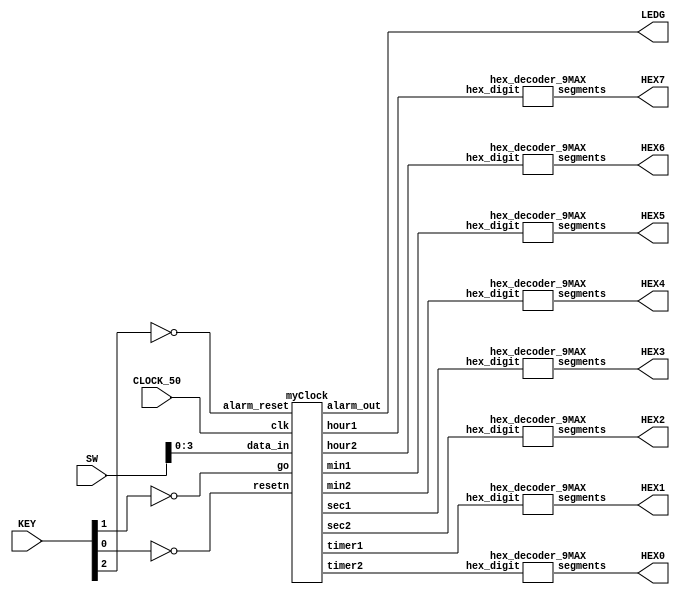
module alarm_clock(SW, HEX7, HEX6, HEX5, HEX4, HEX3, HEX2, HEX1, HEX0, CLOCK_50, KEY, LEDG);
    input [9:0] SW;
    input CLOCK_50;
    input [2:0] KEY;
    output [6:0] HEX7, HEX6, HEX5, HEX4, HEX3, HEX2, HEX1, HEX0;
    output [0:0] LEDG;

    wire resetn, load, alarm_reset, alarm_en, alarm_out;
    wire [3:0] min1, min2, hour1, hour2, sec1, sec2, timer1, timer2;
    assign load = ~KEY[1];
    assign resetn = ~KEY[0];
    assign alarm_reset = ~KEY[2];
    assign alarm_out = LEDG[0];


    myClock c0(
  	      	.clk(CLOCK_50),
	    	.resetn(resetn), // resets the entire clock and alarm
	    	.alarm_reset(alarm_reset), // resets the alarm only
	    	.go(load), // signal to move to the next state in ths FSM
	    	.data_in(SW[3:0]), // used to declares the values for HH:MM and selecting the alarm
	    	.min1(min1), // output's to the hex displays
	  	.min2(min2),
	  	.hour1(hour1),
	  	.hour2(hour2),
	  	.sec1(sec1),
	 	.sec2(sec2),
	  	.timer1(timer1),
	  	.timer2(timer2),
	    	.alarm_out(alarm_out) // output to an LED which lights up when the timer reaches 0
	 	);

    hex_decoder_9MAX H7(
          .hex_digit(hour1),
          .segments(HEX7)
          );

    hex_decoder_9MAX H6(
          .hex_digit(hour2),
          .segments(HEX6)
          );

    hex_decoder_9MAX H5(
          .hex_digit(min1),
          .segments(HEX5)
          );

    hex_decoder_9MAX H4(
          .hex_digit(min2),
          .segments(HEX4)
          );

    hex_decoder_9MAX H3(
          .hex_digit(sec1),
          .segments(HEX3)
          );

    hex_decoder_9MAX H2(
          .hex_digit(sec2),
          .segments(HEX2)
          );

    hex_decoder_9MAX H1(
          .hex_digit(timer1),
          .segments(HEX1)
          );

    hex_decoder_9MAX H0(
          .hex_digit(timer2),
          .segments(HEX0)
          );
endmodule

module myClock(
    input clk,
    input resetn, alarm_reset, go,
    input [3:0] data_in,
    output [3:0] hour1, hour2, min1, min2, sec1, sec2, timer1, timer2,
    output alarm_out
    );

    // connects the datapath to the control
    wire ld_min1, ld_min2, ld_hour1, ld_hour2, ld_alarm, start;

    control C0(
		.clk(clk),
		.resetn(resetn),
		.reset_alarm(alarm_reset),
		.go(go),
		.ld_alarm(ld_alarm),
		.ld_hour1(ld_hour1),
		.ld_hour2(ld_hour2),
		.ld_min1(ld_min1),
		.ld_min2(ld_min2),
		.start(start)
		);

    datapath D0(
		.clk(clk),
		.resetn(resetn),
		.reset_alarm(alarm_reset),
		.ld_hour1(ld_hour1),
		.ld_hour2(ld_hour2),
		.ld_min1(ld_min1),
		.ld_min2(ld_min2),
		.start(start),
		.data_in(data_in),
		.hour1(hour1),
		.hour2(hour2),
		.min1(min1),
		.min2(min2),
		.sec1(sec1),
		.sec2(sec2),
		.timer1(timer1),
		.timer2(timer2),
		.alarm_out(alarm_out)
		);


 endmodule

 module control(
		input clk,
		input resetn,
		input reset_alarm,
		input go,

		output reg  ld_min1, ld_min2, ld_hour1, ld_hour2, ld_alarm, start
		);

    reg [5:0] current_state, next_state;

    localparam  s_ld_hour1        = 5'd0,
                s_ld_hour1_wait   = 5'd1,
                s_ld_hour2        = 5'd2,
                s_ld_hour2_wait   = 5'd3,
                s_ld_min1         = 5'd4,
                s_ld_min1_wait    = 5'd5,
                s_ld_min2         = 5'd6,
                s_ld_min2_wait    = 5'd7,
                s_ld_alarm        = 5'd8,
                s_ld_alarm_wait   = 5'd9,
                s_end             = 5'd10;

    always@(*)
    begin: state_table
            case (current_state)
                s_ld_hour1:           next_state = go ? s_ld_hour1_wait : s_ld_hour1;
                s_ld_hour1_wait:      next_state = go ? s_ld_hour1_wait : s_ld_hour2;
                s_ld_hour2:           next_state = go ? s_ld_hour2_wait : s_ld_hour2;
                s_ld_hour2_wait:      next_state = go ? s_ld_hour2_wait : s_ld_min1;
                s_ld_min1:            next_state = go ? s_ld_min1_wait : s_ld_min1;
                s_ld_min1_wait:       next_state = go ? s_ld_min1_wait : s_ld_min2;
                s_ld_min2:            next_state = go ? s_ld_min2_wait : s_ld_min2;
                s_ld_min2_wait:       next_state = go ? s_ld_min2_wait : s_ld_alarm;
                s_ld_alarm:           next_state = go ? s_ld_alarm_wait : s_ld_alarm;
                s_ld_alarm_wait:      next_state = go ? s_ld_alarm_wait : s_end;
                s_end:                next_state = s_end; // stop updating the values of HH:MM and alarm
            default:                  next_state = s_ld_hour1;
        endcase
    end


    always @(*)
    begin: enable_signals
        // all signals 0 by default
        ld_min1 <= 1'b0;
        ld_min2 <= 1'b0;
        ld_hour1 <= 1'b0;
        ld_hour2 <= 1'b0;
        ld_alarm <= 1'b0;
        start <= 1'b0; // signal to start computing seconds

        case (current_state)
            s_ld_hour1: begin
                ld_hour1 <= 1'b1;
                end
            s_ld_hour2: begin
                ld_hour2 <= 1'b1;
                end
            s_ld_min1: begin
                ld_min1 <= 1'b1;
                end
            s_ld_min2: begin
                ld_min2 <= 1'b1;
                end
            s_ld_alarm: begin
                ld_alarm <= 1'b1;
                end
            s_end: begin // don't update the values of HH:MM, begin computing seconds
                start <= 1'b1;
                ld_hour1 <= 1'b0;
                ld_hour2 <= 1'b0;
                ld_min1 <= 1'b0;
                ld_min2 <= 1'b0;
                ld_alarm <= 1'b0;
                end
        endcase
    end

    always@(posedge clk)
    begin: clock_FFs
        if(resetn) // reset the clock and the alarm
            current_state <= s_ld_hour1;
	else if(reset_alarm) // reset the alarm only
	    current_state <= s_ld_alarm;
	else
	    current_state <= next_state;
    	end
endmodule


module datapath(
    input clk,
    input resetn, reset_alarm,
    input [3:0] data_in,
    input ld_min1, ld_min2, ld_hour1, ld_hour2, ld_alarm, start,
    output reg [3:0] hour1,
    output reg [3:0] hour2,
    output reg [3:0] min1,
    output reg [3:0] min2,
    output reg [3:0] sec1,
    output reg [3:0] sec2,
    output reg [3:0] timer1,
    output reg [3:0] timer2,
    output reg alarm_out
    );

    // time will be displayed on the hex diplays in the form: hour1:hour2 min1:min2 sec1:sec2
    reg [3:0] hour1_val, hour2_val, min1_val, min2_val, sec1_val, sec2_val, timer1_val, timer2_val;
    reg [7:0] alarm_max;
    reg [27:0] counter_1s; // counter to edit the frequency of the clock from 50MHz to 1Hz
    localparam counter_1s_max = 28'b10111110101111000001111111;

    always@(posedge clk) begin

        if(resetn) begin
            hour1 <= 4'b0;
            hour2 <= 4'b0;
            min1 <= 4'b0;
            min2 <= 4'b0;
            sec1 <= 4'b0;
            sec2 <= 4'b0;
            timer1 <= 4'b0;
            timer2 <= 4'b0;
        end

        if (reset_alarm) begin
            timer1 <= 4'b0;
            timer2 <= 4'b0;
        end

        else begin
            counter_1s <= 28'd0;
            if(ld_hour1) begin
               	hour1 <= data_in; // give hour1 the value of SW[2:0]
		hour1_val <= data_in;
		end
            if(ld_hour2) begin
		hour2 <= data_in;  // give hour2 the value of SW[2:0]
		hour2_val <= data_in;
		end
            if(ld_min1) begin
		min1 <= data_in;  // give min1 the value of SW[2:0]
		min1_val <= data_in;
		end
            if(ld_min2) begin
		min2 <= data_in;  // give min2 the value of SW[2:0]
		min2_val <= data_in;
		end
	    if(ld_alarm) begin   // select the alarm using SW[1:0]
                case(data_in)
                4'b0000:
                        begin
                        timer1 <= 4'd1;  // 15 second timer
                        timer2 <= 4'd5;
                        end
                4'b0001:
                        begin
                        timer1 <= 4'd3; // 30 second timer
                        timer2 <= 4'd0;
                        end
                4'b0010:
                        begin
                        timer1 <= 4'd4; // 45 second timer
                        timer2 <= 4'd5;
                        end
                4'b0011:
                        begin
                        timer1 <= 4'd6; // 60 second timer
                        timer2 <= 4'd0;
                        end
                default:
                        begin // 0 second timer
                        timer1 <= 4'd1;
                        timer2 <= 4'd5;
                        end
                endcase
                end
	end

    		if (start) begin // clock starts
			hour1 <= hour1_val; // display hex values
			hour2 <= hour2_val;
			min1 <= min1_val;
			min2 <= min2_val;
			sec1 <= sec1_val;
			sec2 <= sec2_val;

			counter_1s <= counter_1s + 1'b1;

			if (counter_1s == counter_1s_max) begin

			if (timer2 == 4'd0) begin
				timer2 <= 4'd9;
				timer1 <= timer1 - 1'b1;
			end else begin
				timer2 <= timer2 - 1'b1;
			end

			if ({timer1, timer2} == 8'b0) begin
				alarm_out <= 1'b1;
			end

    			counter_1s <= 28'b0; // reset the counter to zero

		        sec2_val <= sec2_val + 1'b1; // the least significant value of SS will be 
						     // decremented with each 1 second clock pulse
			if (sec2_val >= 9) begin
				sec1_val <= sec1_val + 1'b1;
				sec2_val <= 4'd0;
				end

			if ({sec1_val, sec2_val} >= 8'h59) begin
				sec1_val <= 4'd0;
				sec2_val <= 4'd0;
				min2_val <= min2_val + 1'b1;
				end

			if (min2_val >= 9) begin
				min1_val <= min1_val + 1'b1;
				min2_val <= 4'd0;
			end

			if ({min1_val, min2_val} >= 8'h59) begin
				min1_val <= 4'd0;
				min2_val <= 4'd0;
				hour2_val <= hour2_val + 1'b1;
			end

			if ({hour1_val, hour2_val} >= 8'h24) begin
				hour1_val <= 4'b0;
				hour2_val <= 4'b0;
			end
		end
	end
end
endmodule

module hex_decoder_9MAX(hex_digit, segments);
    input [3:0] hex_digit;
    output reg [6:0] segments;

    always @(*)
        case (hex_digit)
            4'h0: segments = 7'b100_0000;
            4'h1: segments = 7'b111_1001;
            4'h2: segments = 7'b010_0100;
            4'h3: segments = 7'b011_0000;
            4'h4: segments = 7'b001_1001;
            4'h5: segments = 7'b001_0010;
            4'h6: segments = 7'b000_0010;
            4'h7: segments = 7'b111_1000;
            4'h8: segments = 7'b000_0000;
            4'h9: segments = 7'b001_1000;
            default: segments = 7'b100_0000;
        endcase
endmodule